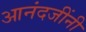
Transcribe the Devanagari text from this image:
आनंदजींनी